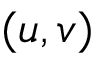
( u , v )